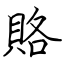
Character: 賂